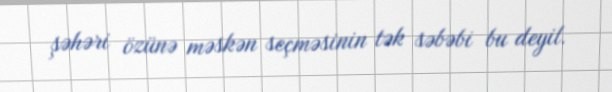
şəhəri özünə məskən seçməsinin tək səbəbi bu deyil.